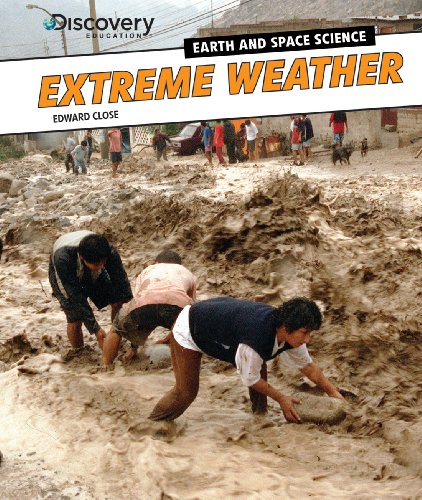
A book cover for Extreme Weather (Discovery Education: Earth and Space Science); Edward Close; Science & Math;